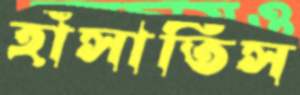
হাঁসাতিস